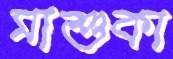
মাশুকা